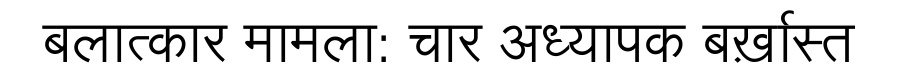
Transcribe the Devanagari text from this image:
बलात्कार मामला: चार अध्यापक बर्ख़ास्त